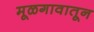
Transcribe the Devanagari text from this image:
मूळगावातून